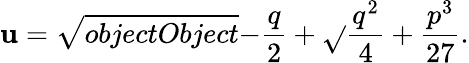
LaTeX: \mathbf{u}={\sqrt{{{objectObject}}}{{-{\frac{{q}}{{2}}}+{\sqrt{}{{{\frac{{q^{2}}}{{4}}}+{\frac{{p^{3}}}{{27}}}}}}}}}.